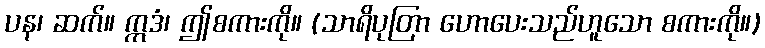
ပန၊ ဆက်။ ဣဒံ၊ ဤစကားကို။ (သာရိပုတြာ ဟောပေးသည်ဟူသော စကားကို။)